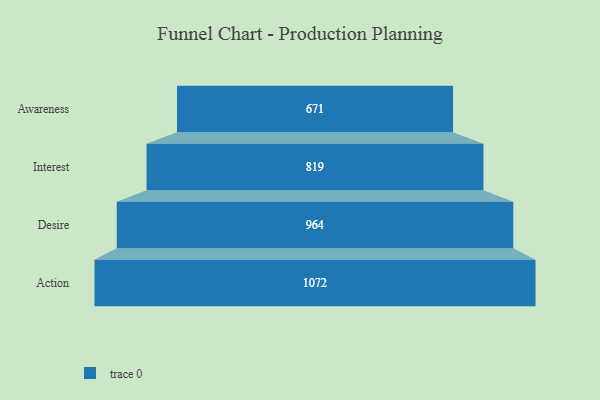
{"axis": {"x": "Stage", "y": "Value"}, "legend": [""], "data": [{"x": "Awareness", "y": 671.0, "type": ""}, {"x": "Interest", "y": 819.0, "type": ""}, {"x": "Desire", "y": 964.0, "type": ""}, {"x": "Action", "y": 1072.0, "type": ""}]}